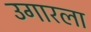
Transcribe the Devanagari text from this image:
उगारला